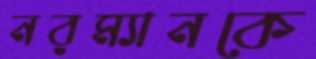
নরম্যানকে